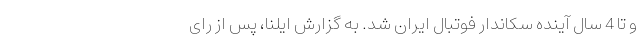
و تا 4 سال آینده سکاندار فوتبال ایران شد. به گزارش ایلنا، پس از رای